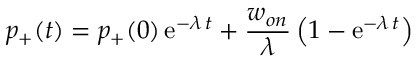
p _ { + } ( t ) = p _ { + } ( 0 ) \, \mathrm { e } ^ { - \lambda \, t } + { \frac { w _ { o n } } { \lambda } } \left( 1 - \mathrm { e } ^ { - \lambda \, t } \right)